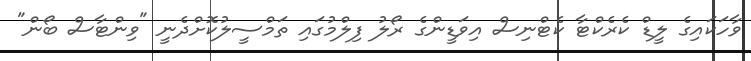
ވާހަކައިގެ ލީޑް ކެރެކްޓާ ކެޓްނިސް އިވަޑީންގެ ރޯލު ފިލްމުގައި ތަމްސީލުކޮށްދެނީ "ވިންޓާސް ބޯން"